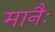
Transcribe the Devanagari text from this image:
मानैः